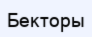
Бекторы